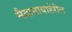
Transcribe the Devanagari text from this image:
मैदानाबाहेरील